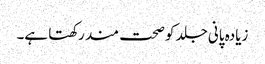
زیادہ پانی جلد کو صحت مند رکھتا ہے۔